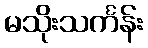
မသိုးသင်္ကန်း